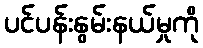
ပင်ပန်းနွမ်းနယ်မှုကို